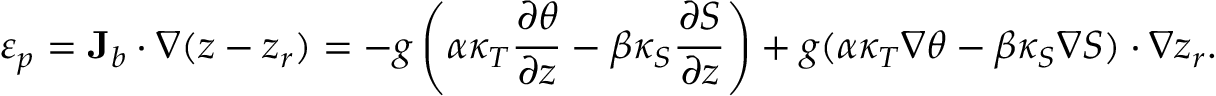
\varepsilon _ { p } = { \bf J } _ { b } \cdot \nabla ( z - z _ { r } ) = - g \left( \alpha \kappa _ { T } \frac { \partial \theta } { \partial z } - \beta \kappa _ { S } \frac { \partial S } { \partial z } \right) + g ( \alpha \kappa _ { T } \nabla \theta - \beta \kappa _ { S } \nabla S ) \cdot \nabla z _ { r } .